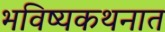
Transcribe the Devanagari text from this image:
भविष्यकथनात